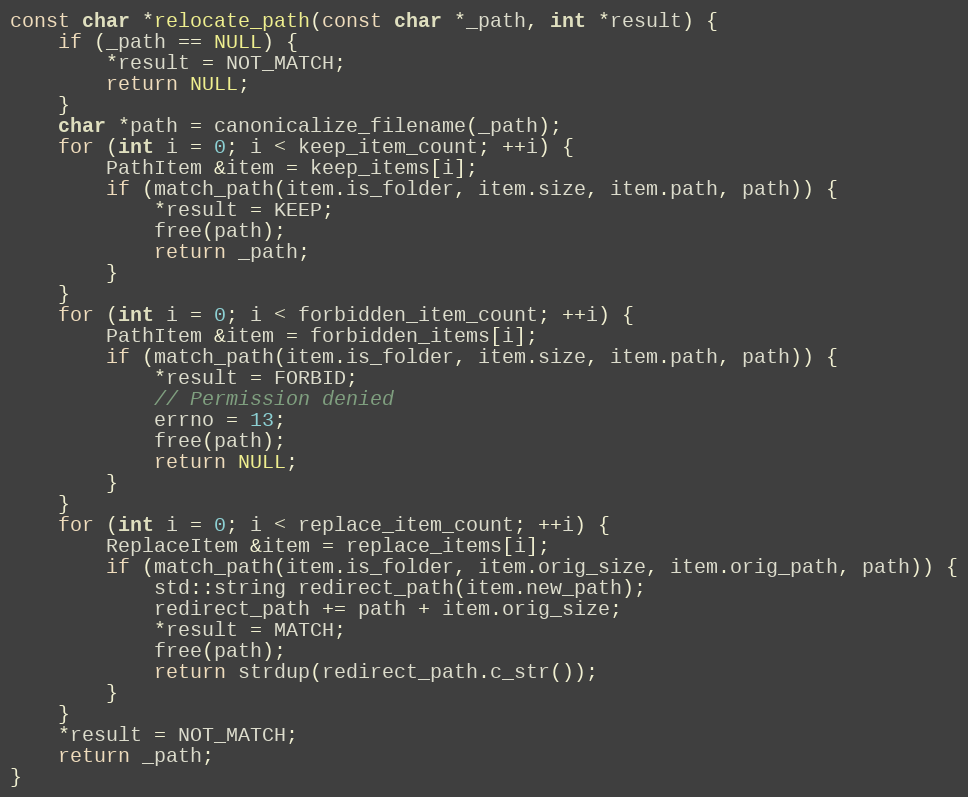
Language: C++
const char *relocate_path(const char *_path, int *result) {
    if (_path == NULL) {
        *result = NOT_MATCH;
        return NULL;
    }
    char *path = canonicalize_filename(_path);
    for (int i = 0; i < keep_item_count; ++i) {
        PathItem &item = keep_items[i];
        if (match_path(item.is_folder, item.size, item.path, path)) {
            *result = KEEP;
            free(path);
            return _path;
        }
    }
    for (int i = 0; i < forbidden_item_count; ++i) {
        PathItem &item = forbidden_items[i];
        if (match_path(item.is_folder, item.size, item.path, path)) {
            *result = FORBID;
            // Permission denied
            errno = 13;
            free(path);
            return NULL;
        }
    }
    for (int i = 0; i < replace_item_count; ++i) {
        ReplaceItem &item = replace_items[i];
        if (match_path(item.is_folder, item.orig_size, item.orig_path, path)) {
            std::string redirect_path(item.new_path);
            redirect_path += path + item.orig_size;
            *result = MATCH;
            free(path);
            return strdup(redirect_path.c_str());
        }
    }
    *result = NOT_MATCH;
    return _path;
}